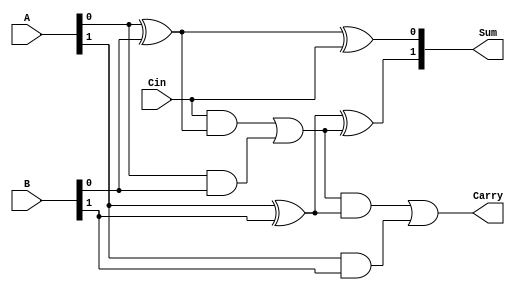
`timescale 1ns / 1ps
//////////////////////////////////////////////////////////////////////////////////
// Company: 
// Engineer: 
// 
// Design Name: 
// Module Name: two_bitadder_behavioral
// Project Name: 
// Target Devices: 
// Tool Versions: 
// Description: 
// 
// Dependencies: 
// 
// Revision:
// Revision 0.01 - File Created
// Additional Comments:
// 
//////////////////////////////////////////////////////////////////////////////////


module two_bitadder_behavioral(
  input [1:0]A,
  input Cin,
  input [1:0]B,
  output [1:0]Sum,
  output Carry); 
      assign sum1= A[0] ^ B[0] ;
      assign Sum[0]=sum1 ^ Cin;
      assign c1 = Cin & sum1;
      assign  c2= A[0] & B[0] ;
      assign cout = c1 | c2;
      assign sum2= A[1] ^ B[1] ;
      assign Sum[1]=sum2 ^ cout;
      assign c3 = cout & sum2;
      assign  c4= A[1] & B[1] ;
      assign Carry = c3 | c4;
      
endmodule